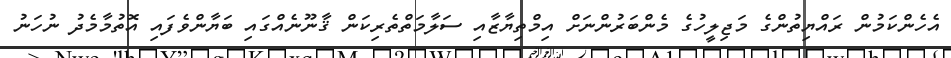
އެހެންކަމުން ރައްޔިތުންގެ މަޖިލީހުގެ މެންބަރުންނަށް އިމްތިޔާޒާއި ސަލާމަތްތެރިކަން ޤާނޫނެއްގައި ބަޔާންވެފައި އޮތުމާމެދު ނުހަނު